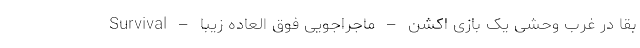
Survival – بقا در غرب وحشی یک بازی اکشن – ماجراجویی فوق العاده زیبا